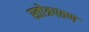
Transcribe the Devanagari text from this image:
स्तोत्रपठण